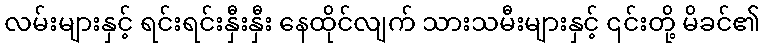
လမ်းများနှင့် ရင်းရင်းနှီးနှီး နေထိုင်လျက် သားသမီးများနှင့် ၎င်းတို့ မိခင်၏